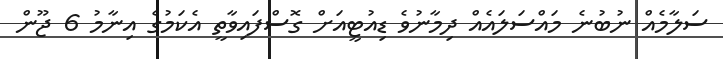
ސަލާމެއް ނުބުނެ މައްސަލައެއް ދިމާނުވެ ޑިއުޓީއަށް ގޮސްފައިވާތީ އެކަމުގެ އިނާމު 6 ޖޫން